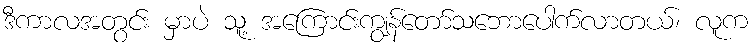
ဒီကာလအတွင်း မှာပဲ သူ့ အကြောင်းကျွန်တော်သဘောပေါက်လာတယ်၊ လူက